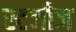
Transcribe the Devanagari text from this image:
स्टजीज